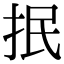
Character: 抿